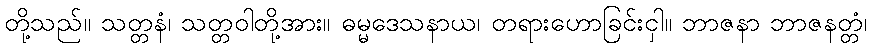
တို့သည်။ သတ္တနံ၊ သတ္တဝါတို့အား။ ဓမ္မဒေသနာယ၊ တရားဟောခြင်းငှါ။ ဘာဇနာ ဘာဇနတ္တံ၊